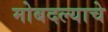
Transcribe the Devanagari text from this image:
मोबदल्याचे